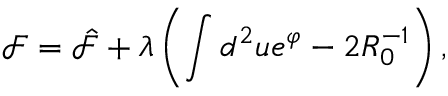
\mathcal F = \hat { \mathcal F } + \lambda \left( \int d ^ { 2 } u e ^ { \varphi } - 2 R _ { 0 } ^ { - 1 } \right) ,